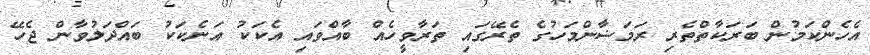
އެހެންކަމުން ބަރަކާތްތެރި ރަމަޟާންމަހުގެ ތެރޭގައި ތަރާވީހެއް ބާއްވައި އެކަކު އަނެކަކު ބައްދަލުވާން ޖެހޭ